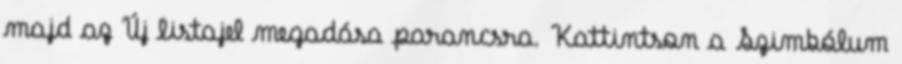
majd az Új listajel megadása parancsra. Kattintson a Szimbólum